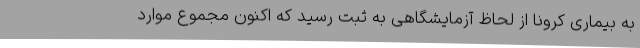
به بیماری کرونا از لحاظ آزمایشگاهی به ثبت رسید که اکنون مجموع موارد